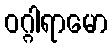
ဝဂ္ဂါရာမော